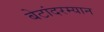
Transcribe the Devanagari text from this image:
बेटांदरम्यान